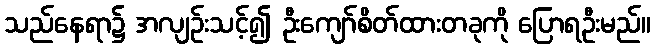
သည်နေရာ၌ အလျဉ်းသင့်၍ ဦးကျော်စိတ်ထားတခုကို ပြောရဦးမည်။